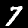
Label: 7